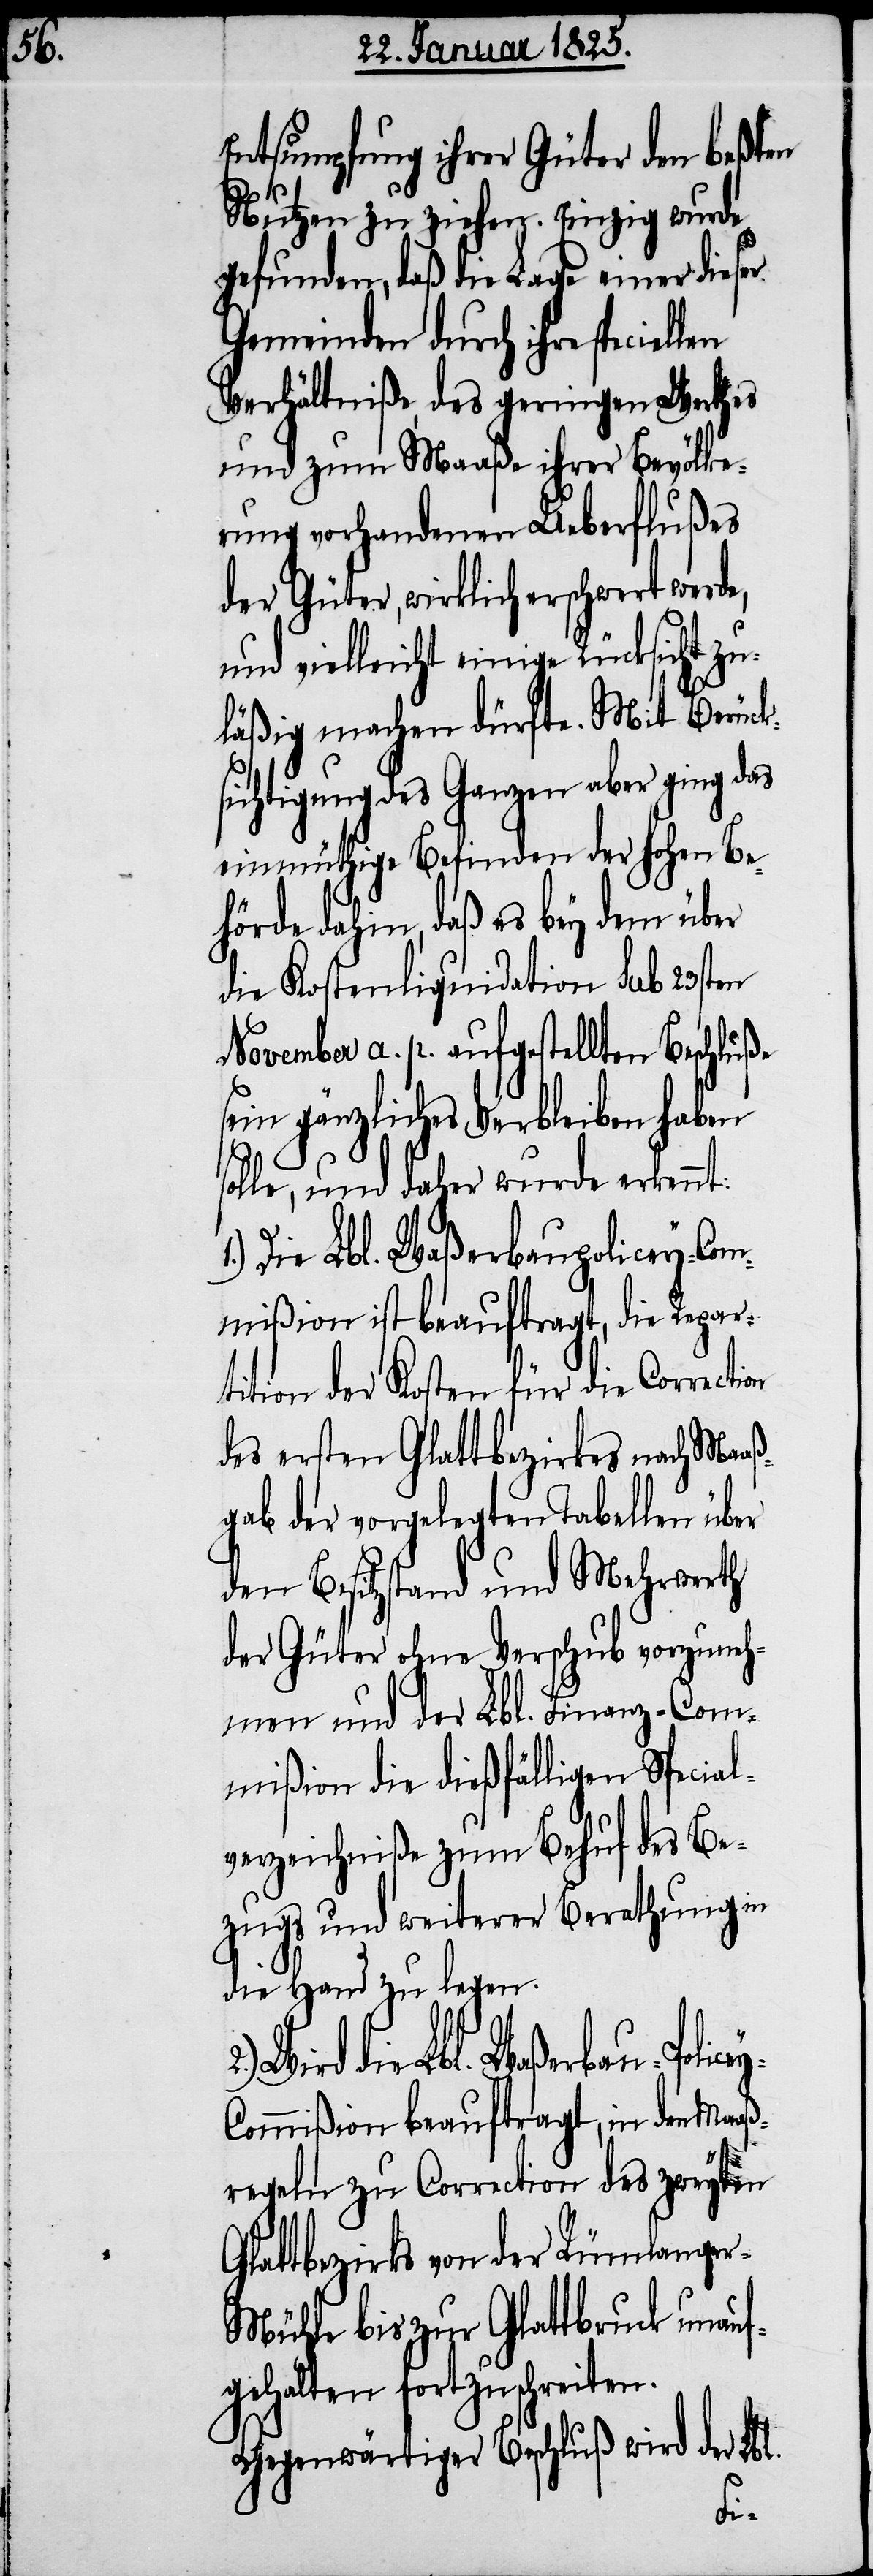
Entsumpfung ihrer Güter den beßten
Nutzen zu ziehen. Einzig wurde
gefunden, daß die Lage einer dieser
Gemeinden durch ihre
Verhältniße, des geringen Worthes
und zum Maaße ihrer Bevölke¬
rung vorhandenen Ueberflußes
der Güter, wirklich erschwert werde,
und vielleicht einige Rücksicht zu¬
läßig machen dürfte. Mit Berück¬
sichtigung des Ganzen aber ging das
einmüthige Befinden der hohen Be¬
hörde dahin, daß es bey dem über
die Kostenliquidation sub 23sten
November a. p. aufgestellten Beschluße
sein gänzliches Verbleiben haben
solle, und daher wurde erkennt:
rd die Lbl. Waßerbau-Policey-Com¬
mißion ist beauftragt, die Repar¬
tition der Kosten für die Correcti¬
des ersten Glattbezirkes nach Maaß¬
gab der vorgelegten Tabellen über
den Besitzstand und Mehrwerth
der Güter ohne Verschub vorzuneh¬
men und der Lbl. Finanz-Com¬
mißion die dießfälligen Special¬
verzeichniße zum Behuf des Be¬
zugs und weiterer Berathung in
die Hand zu legen.
mißion beauftragt, in den Maa¬
ßregeln zu Correction des zweyten
Glattbezirks von der Rümlange¬
r-Mühle bis zur Glattbruck unauf¬
gehalten fortzuschreiten.
Gegenwärtiger Beschluß wird der Lbl.
Wi¬